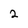
Character: 2